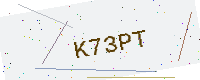
Text: K73PT